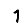
Digit: 1